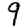
Digit: 9